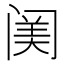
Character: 𨸈